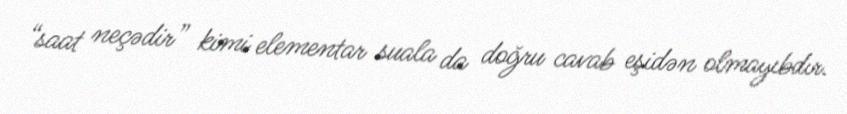
“saat neçədir” kimi elementar suala da doğru cavab eşidən olmayıbdır.